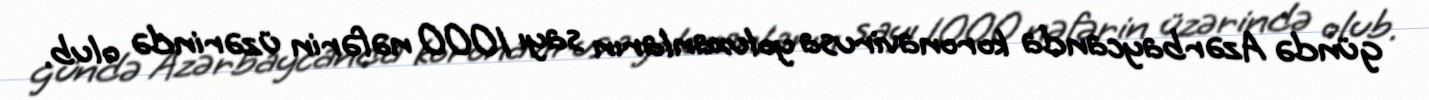
gündə Azərbaycanda koronavirusa yoluxanların sayı 1000 nəfərin üzərində olub.